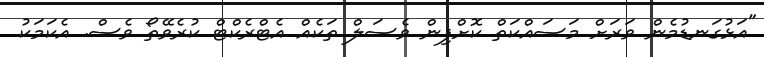
"އަޅުގަނޑުމެން ވަރަށް މަސައްކަތް ކޮށްފިން ވެސަލް ތަކެއް އެޓްރެކްޓް ކުރެވޭތޯ ވެސް. އެކަމަކު